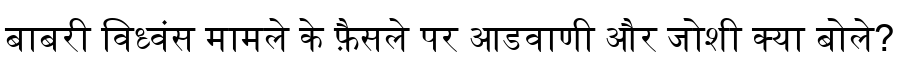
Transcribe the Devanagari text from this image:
बाबरी विध्वंस मामले के फ़ैसले पर आडवाणी और जोशी क्या बोले?